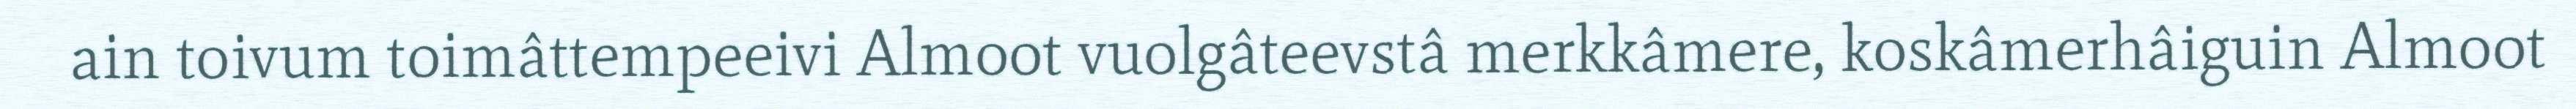
ain toivum toimâttempeeivi Almoot vuolgâteevstâ merkkâmere, koskâmerhâiguin Almoot